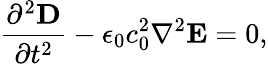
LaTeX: \frac{\partial^{2}\mathbf{D}}{\partial t^{2}}-\epsilon_{0}c_{0}^{2}\nabla^{2}\mathbf{E}=0,